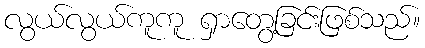
လွယ်လွယ်ကူကူ ရှာတွေ့ခြင်းဖြစ်သည်။